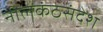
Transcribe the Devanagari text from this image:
नीलकंठसंदेश